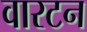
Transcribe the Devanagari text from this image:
वारटन